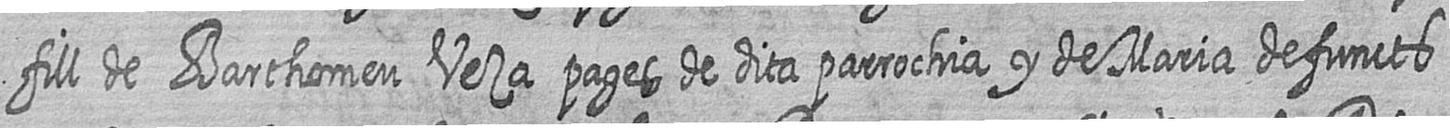
fill de Barthomeu Veza pages de dita parrochia y de Maria defuncts